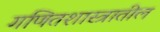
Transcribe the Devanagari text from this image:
गणितशास्त्रातील